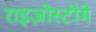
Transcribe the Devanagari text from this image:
राइज़ोस्टोमे